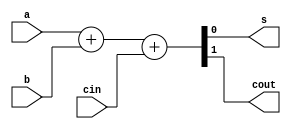
`timescale 1ns / 1ps
//////////////////////////////////////////////////////////////////////////////////
// Company: 
// Engineer: 
// 
// Design Name: 
// Module Name: full_Adder
// Project Name: 
// Target Devices: 
// Tool Versions: 
// Description: 
// 
// Dependencies: 
// 
// Revision:
// Revision 0.01 - File Created
// Additional Comments:
// 
//////////////////////////////////////////////////////////////////////////////////


module full_Adder(
    input a,
    input b,
    input cin,
    output s,
    output cout
    );
    
    assign {cout,s}={1'b0,a}+{1'b0,b}+{1'b0,cin};
endmodule